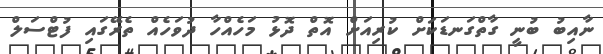
ނާއިބު ބުނީ ގާތްގަނޑަކަށް ކުރިއަށް އޮތް ދޮޅު މަހެއްހާ ދުވަހެއް ތެރޭގައި ފުޓްސަލް